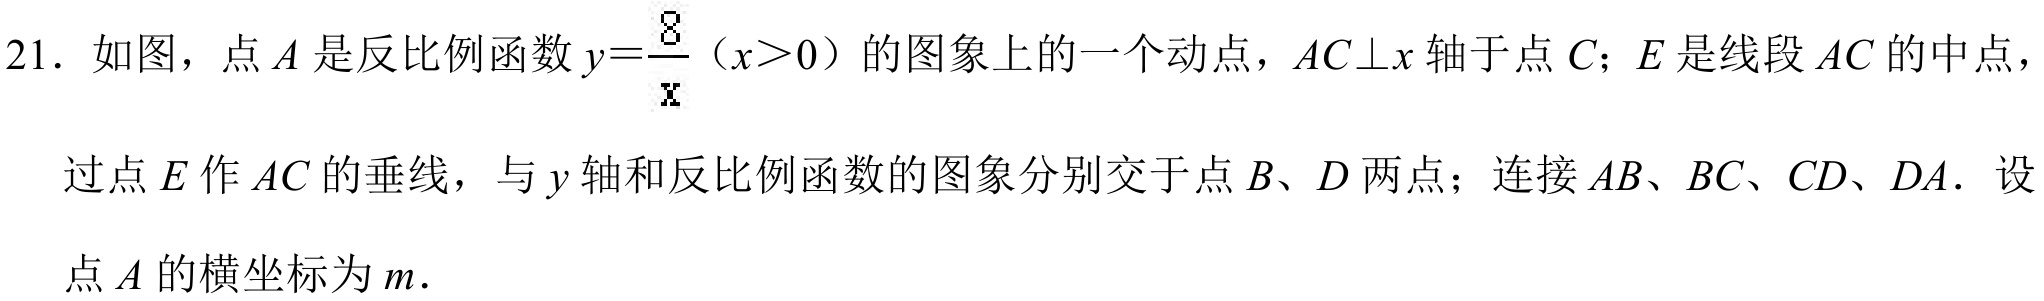
21. 如图，点\(A\)是反比例函数\(y = \frac{8}{x}(x>0)\)的图象上的一个动点，\(AC\perp x\)轴于点\(C\)；\(E\)是线段\(AC\)的中点，过点\(E\)作\(AC\)的垂线，与\(y\)轴和反比例函数的图象分别交于点\(B、D\)两点；连接\(AB、BC、CD、DA\)．设点\(A\)的横坐标为\(m\)．